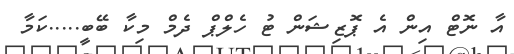
އާ ނޮޓް އިން އެ ޕޮޒިޝަން ޓު ހެލްޕް ދެމް މިކާ ބޭބީ.....ކަމާ